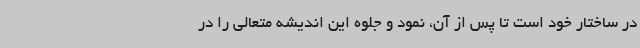
در ساختار خود است تا پس از آن، نمود و جلوه این اندیشه متعالی را در